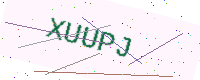
Text: XUUPJ